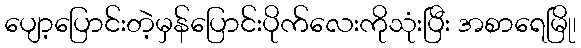
ပျော့ပြောင်းတဲ့မှန်ပြောင်းပိုက်လေးကိုသုံးပြီး အစာရေမြို၊